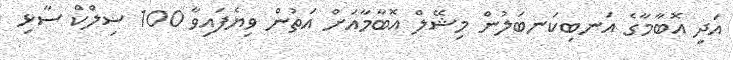
އަދި އޮބާމާގެ އަނބިކަނބަަލުން މިޝޭލް އޮބާމާއަށް އަތުން ވިޔެފައިވާ 100 ސިލްކް ސާޅި